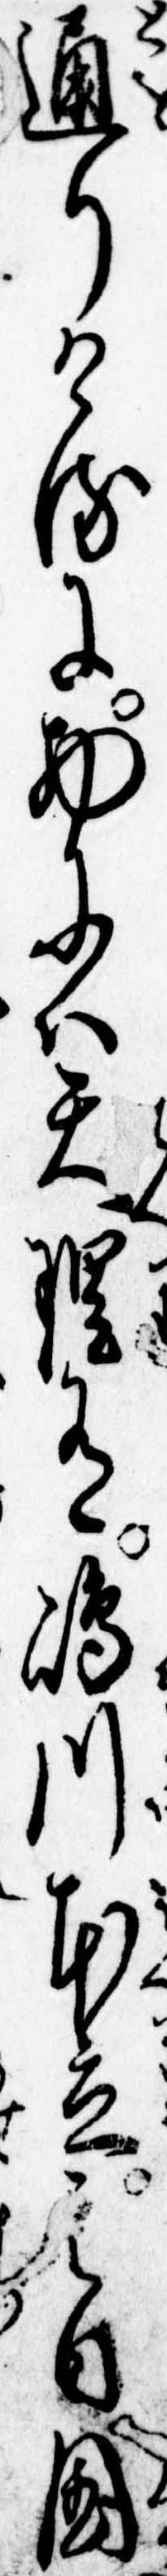
通りけるに物には天理有島川本立日国